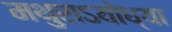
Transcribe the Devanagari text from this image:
मथुराऽयोध्या